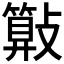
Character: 𣀔